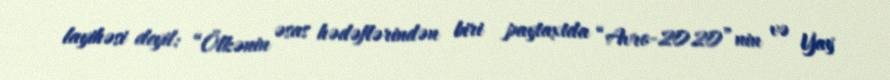
layihəsi deyil: “Ölkənin əsas hədəflərindən biri paytaxtda “Avro-2020”nin və Yay